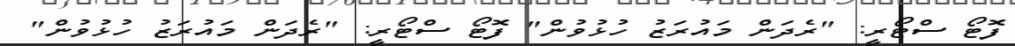
ފޮޓޯ ސްޓޯރީ: "ރެދަން މައުރަޒު ހުޅުވުން" ފޮޓޯ ސްޓޯރީ: "ރެދަން މައުރަޒު ހުޅުވުން"